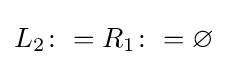
L_{2}\colon =R_{1}\colon =\varnothing